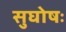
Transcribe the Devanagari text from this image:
सुघोषः